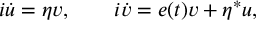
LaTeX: i \dot { u } = \eta v , \quad \quad i \dot { v } = e ( t ) v + \eta ^ { * } u ,